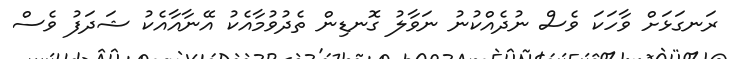
ރަނގަޅަށް ވާހަކަ ވެސް ނުދެއްކުނު ނަވާލު ގޮނޑިން ތެދުވުމާއެކު އޭނާއާއެކު ޝަދަފު ވެސް